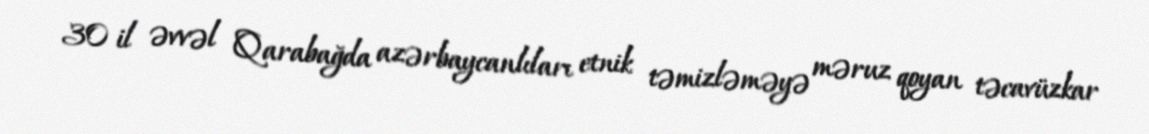
30 il əvvəl Qarabağda azərbaycanlıları etnik təmizləməyə məruz qoyan təcavüzkar